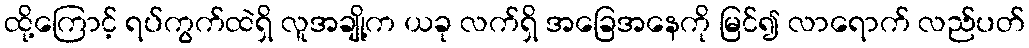
ထို့ကြောင့် ရပ်ကွက်ထဲရှိ လူအချို့က ယခု လက်ရှိ အခြေအနေကို မြင်၍ လာရောက် လည်ပတ်